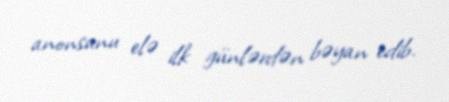
anonsunu elə ilk günlərdən bəyan edib.